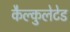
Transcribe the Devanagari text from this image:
कैल्कुलेटेड